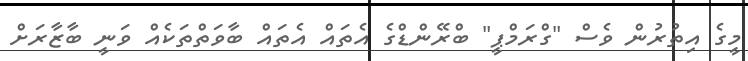
މީގެ އިތުރުން ވެސް "ގްރަމްޕީ" ބްރޭންޑްގެ އެތައް އެތައް ބާވަތްތަކެއް ވަނީ ބާޒާރަށް